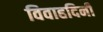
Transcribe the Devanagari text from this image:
विवाहदिनी